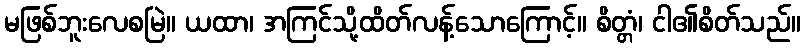
မဖြစ်ဘူးလေစမြဲ။ ယထာ၊ အကြင်သို့ထိတ်လန့်သောကြောင့်။ စိတ္တံ၊ ငါ၏စိတ်သည်။